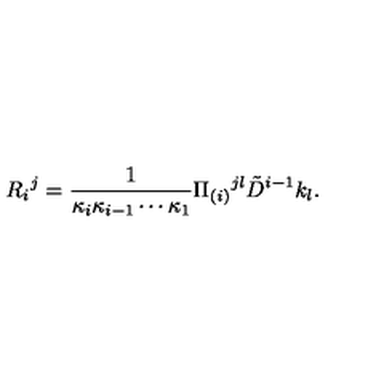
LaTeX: R _ { i } { } ^ { j } = { \frac { 1 } { \kappa _ { i } \kappa _ { i - 1 } \cdots \kappa _ { 1 } } } \Pi _ { ( i ) } { } ^ { j l } \tilde { D } ^ { i - 1 } k _ { l } .